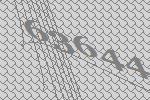
63644